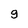
Character: 9